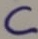
Text: C